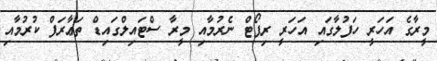
މީރާގެ އަހަރީ ހަފުލާގައި އަހަރީ ރިޕޯޓް ނެރުމާއި މީރާ ސްޓައިލްގައިޑް ތަޢާރަފް ކުރުމާއި